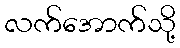
လက်အောက်သို့